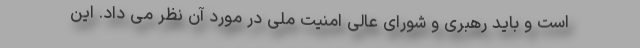
است و باید رهبری و شورای عالی امنیت ملی در مورد آن نظر می داد. این